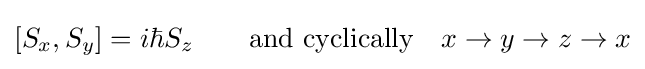
[S_{x},S_{y}]=i\hbar S_{z}\qquad {\hbox{and cyclically}}\quad x\to y\to z\to x